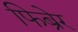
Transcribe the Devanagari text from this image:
फिब्रेर